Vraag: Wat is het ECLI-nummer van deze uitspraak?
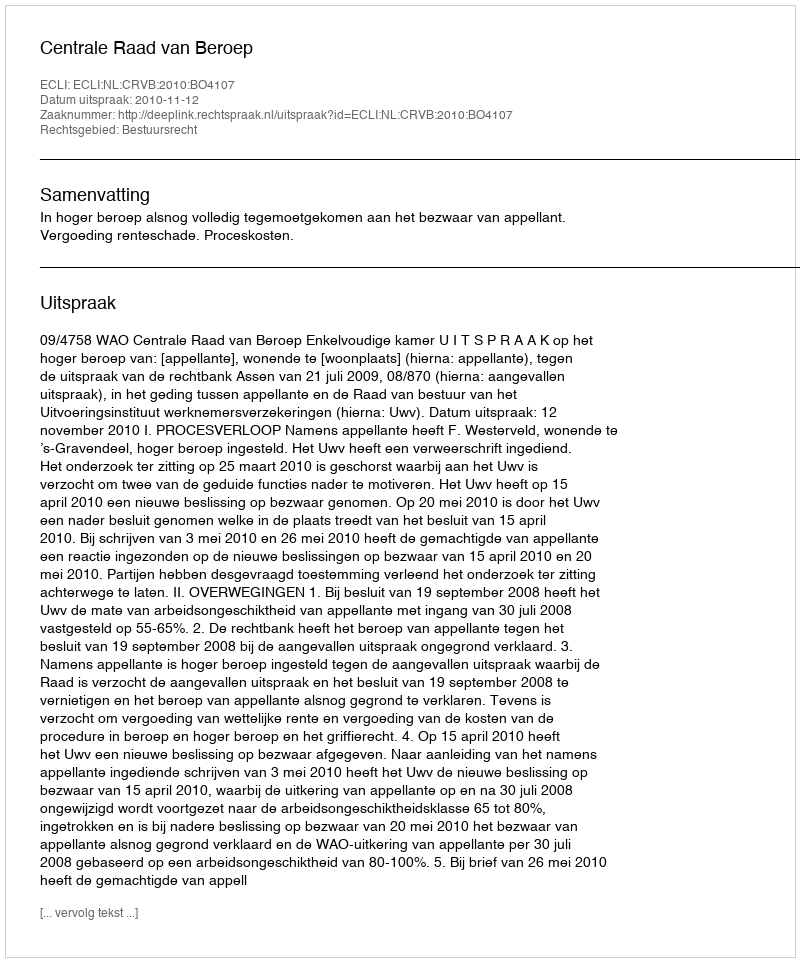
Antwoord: ECLI:NL:CRVB:2010:BO4107